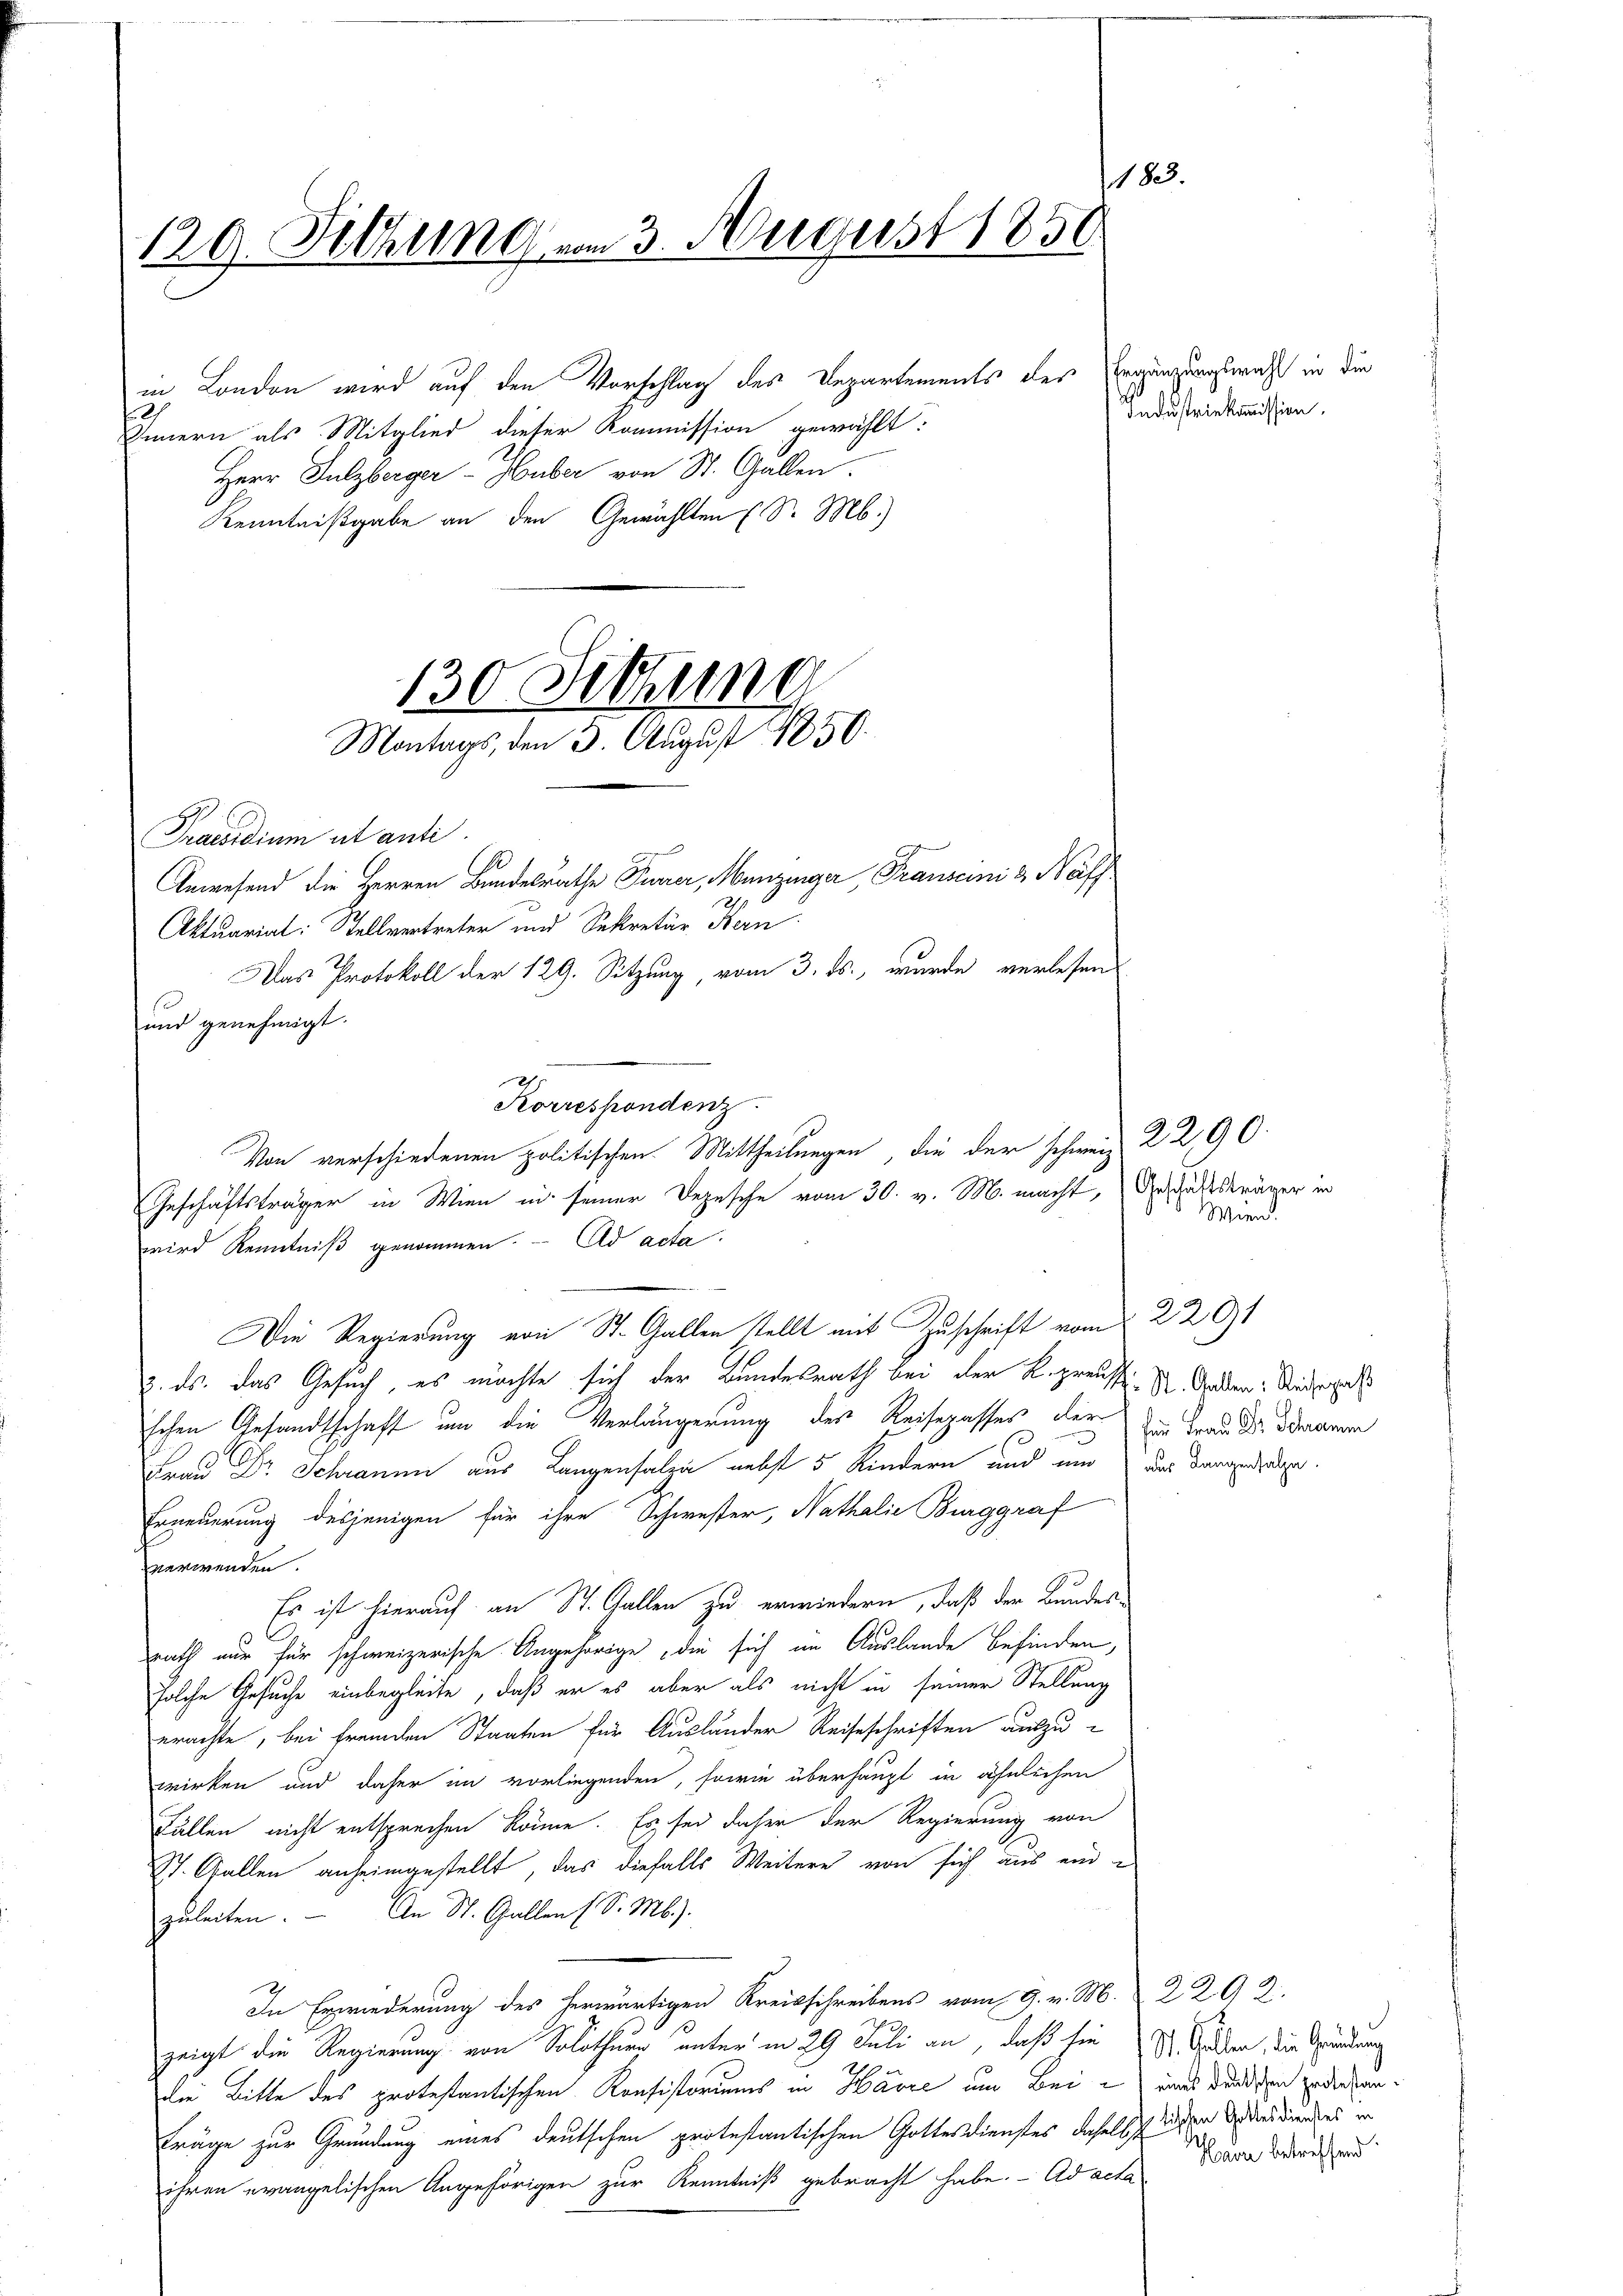
1183.
129. Sitzung vom 3. August 1850

in London wird auf den Vorschlag des Departements des
2
Innern als Mitglied dieser Kommission gewählt:
Herr Sulzberger-Huber von St. Gallen.
Kenntnißgabe an den Gewählten (S. M.)

130 Dittme
Montags, den 3. August 1850.

Praesidium alt anti.
u
Anwesend die Herren Bundesrathe Turer, Munzinger, Transcini 3 Näff
Aktuarial: Stellvertreter und Sekretär Kern
Das Protokoll der 129. Sitzung vom 3. ds., wurde verlesen
und genehmigt.
h
Aorrespondenz.
Geschäftsträger in Wien in seiner Depesche vom 30. v. M. macht, der Gaststräger in
wird Kenntniß genommen. - Ad acta
Die Regierung von St. Gallen stellt mit Zuschrift vom
3. ds. das Gesuch, es möchte sich der Bundesrath bei der K. preuss. S. Gaden. Andere
schen Gesandtschaft um die Verlängerung des Reisepasses der die Frau Dr. Odeamm
Frau Dr. Schraum aus Langensalen nebst 5 Kindern und und der Langedrale.
Erneuerung desjenigen für ihre Schwester, Nathalie Burggraf
verwenden.
Es ist hierauf an St. Gallen zu erwiedern, daß der Bundesrath nur für schweizerische Angehörige, die sich im Auslande befinden,
solche Gesuche einbegleite, daß er es aber als nicht in seiner Stellung
erachte, bei fremden Staaten für Ausländer Reiseschriften auszuwirken und daher im vorliegenden, sowie überhaupt in ähnlichen
Fällen nicht entsprechen könne. Es sei daher der Regierung von
St. Gallen anheimgestellt, das diefalls Weitere von sich aus ein-
An St. Gallen (S. Mb.).
zuleiten.
In Erwiederung des herwärtigen Kreisschreiben vom 9. v. M 2292.
zeigt die Regierung von Solothurn unter in 29 Juli an, daß sie St. Gallen, die Gründung
die Bitte des protestantischen Konsistoriums in Havre um Bei – eines wird den gedenkenträge zur Gründung eines deutschen protestantischen Gottesdienstes daselst dieser Wieswundes in
ihren evangelischen Angehörigen zur Kenntniß gebracht habe. - Ad acta

Von verschiedenen politischen Mittheilungen, die der schweiz. K. 290.

Ergänzungswahl in die
Industriekommission.

Wien.

2291

Haar betreffend